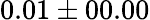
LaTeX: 0.01\pm 00.00